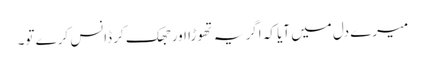
میرے دل میں آیا کہ اگر یہ تھوڑا اور جھک کر ڈانس کرے تو۔